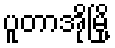
ပူတာအိုမြို့